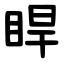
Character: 睅